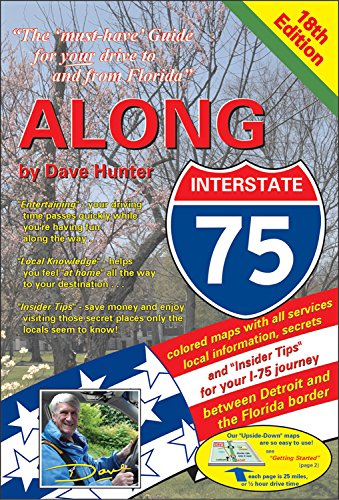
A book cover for Along Interstate-75; Dave Hunter; Travel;